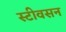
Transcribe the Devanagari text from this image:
स्टीवसन